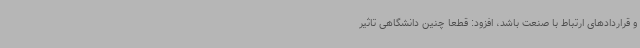
و قراردادهای ارتباط با صنعت باشد، افزود: قطعا چنین دانشگاهی تاثیر